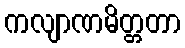
ကလျာဏမိတ္တတာ